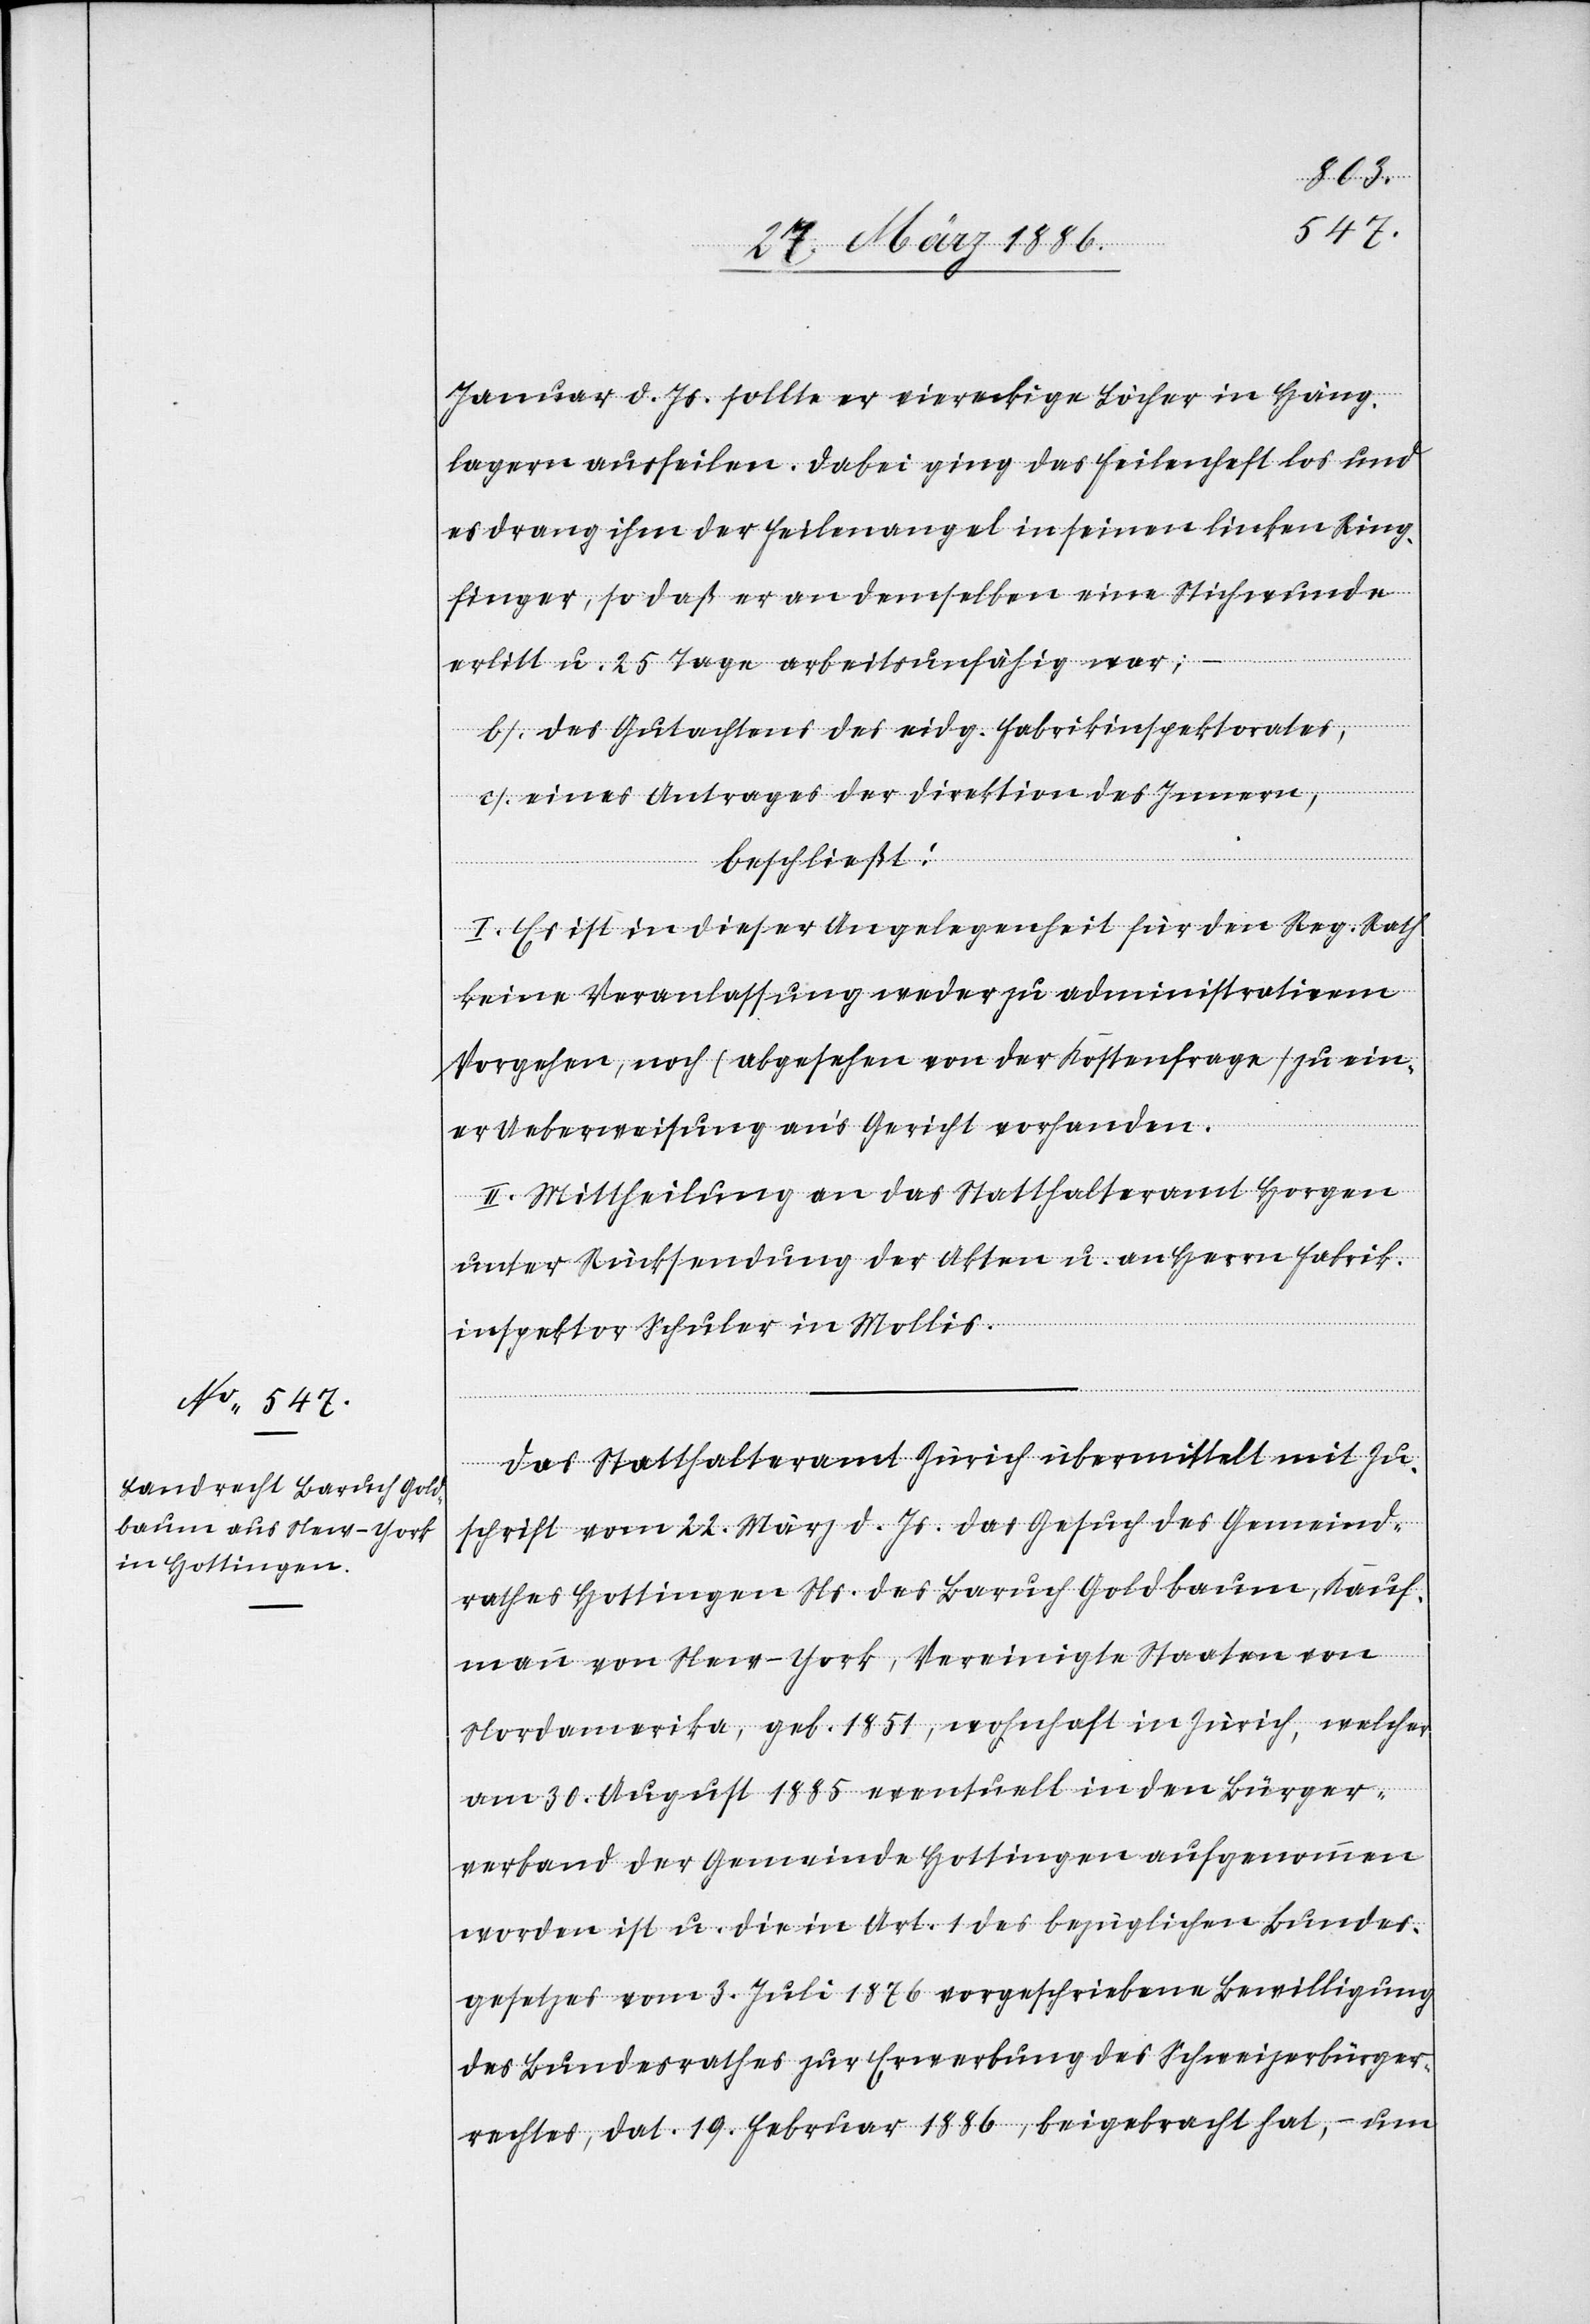
Januar d. Js. sollte er viereckige Löcher in Häng¬
lagern ausfeilen. Dabei ging das Feilenheft los und
es drang ihm der Feilenangel in seinen linken Ring¬
finger, so daß er an demselben eine Stichwunde
erlitt u. 25 Tage arbeitsunfähig war;
b) Des Gutachtens des eidg. Fabrikinspektorates,
c) Eines Antrages der Direktion des Innern,
beschließt:
I. Es ist in dieser Angelegenheit für den Reg. Rath
keine Veranlassung weder zu administrativem
Vorgehen, noch (abgesehen von der Kostenfrage) zu ein¬
er Ueberweisung an’s Gericht vorhanden.
II. Mittheilung an das Statthalteramt Horgen
unter Rücksendung der Akten u. an Herrn Fabrik¬
inspektor Schuler in Mollis.
Das Statthalteramt Zürich übermittelt mit Zu¬
schrift vom 22. März d. Js. das Gesuch des Gemeind¬
rathes Hottingen Ns. des Baruch Goldbaum, Kauf¬
mann von New-York, Vereinigte Staaten von
Nordamerika, geb. 1851, wohnhaft in Zürich, welcher
am 30. August 1885 eventuell in den Bürger¬
verband der Gemeinde Hottingen aufgenommen
worden ist u. die in Art. 1 des bezüglichen Bundes¬
gesetzes vom 3. Juli 1876 vorgeschriebene Bewilligung
des Bundesrathes zur Erwerbung des Schweizerbürger¬
rechtes, dat. 19. Februar 1886, beigebracht hat, – um